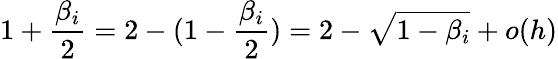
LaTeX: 1+\frac{\beta_{i}}2=2-(1-\frac{\beta_{i}}2)=2-\sqrt{1-\beta_{i}}+o(h)